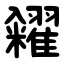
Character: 糴